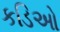
કડિઓ